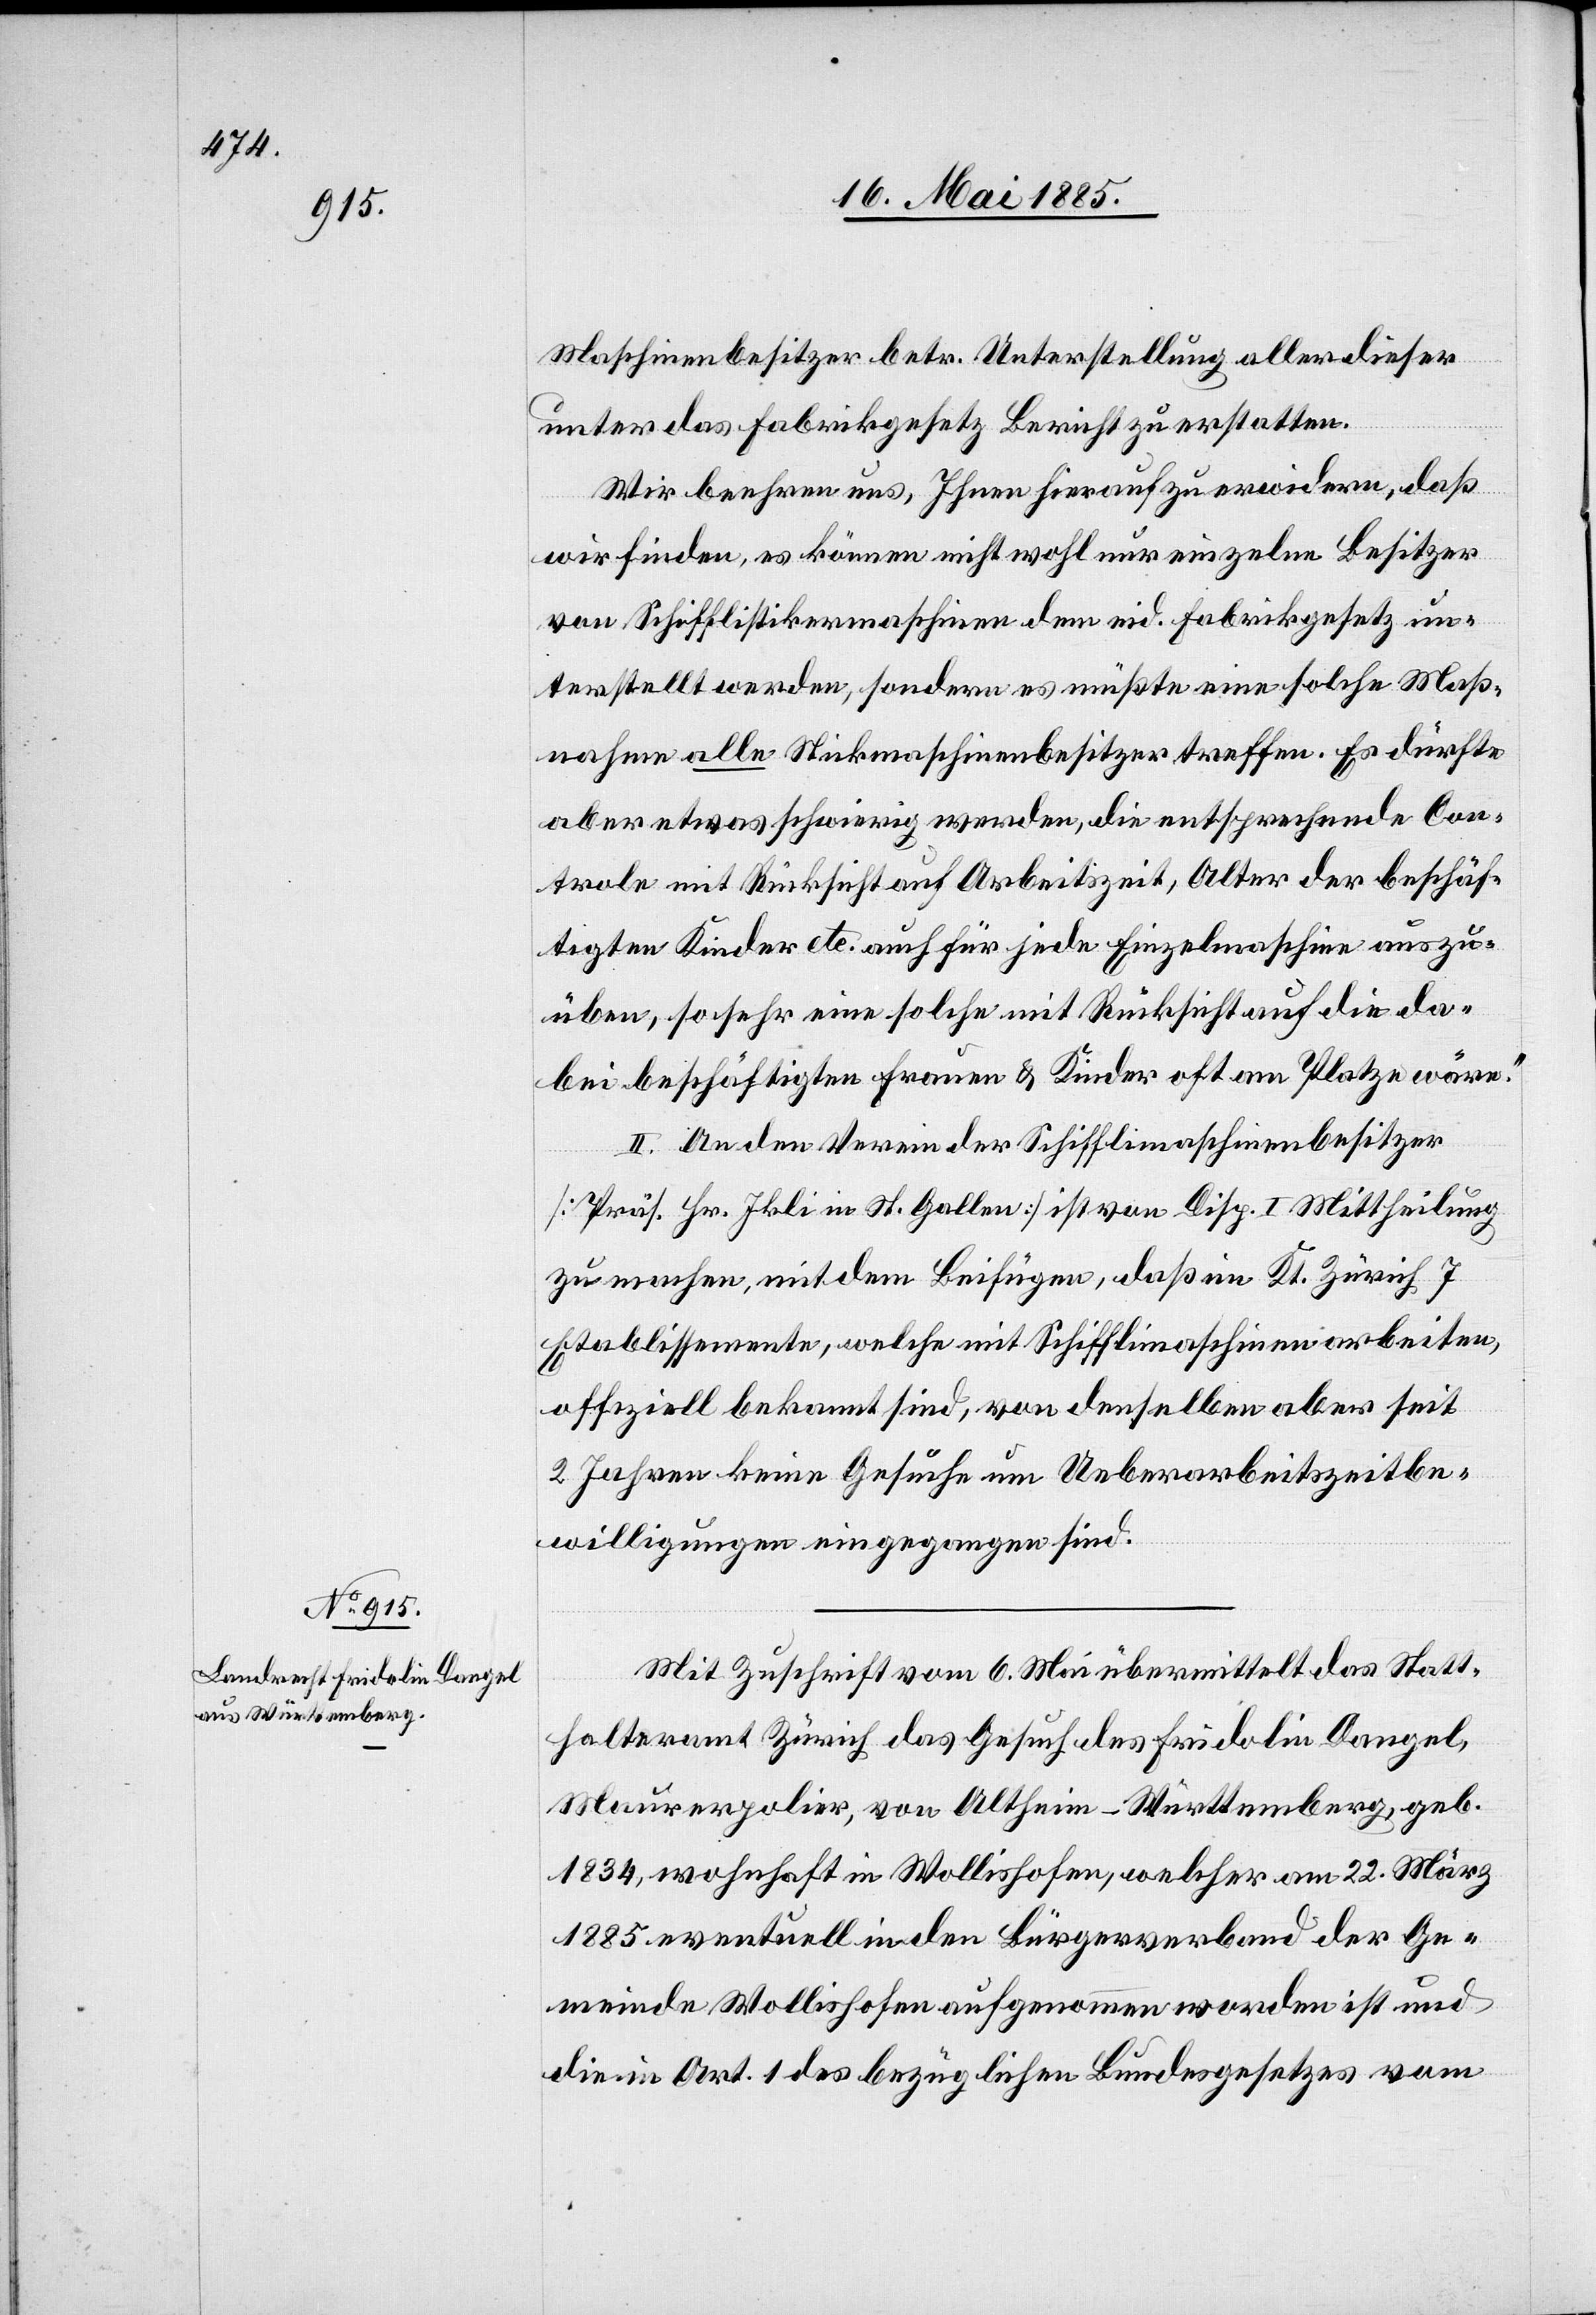
Maschinenbesitzer betr. Unterstellung aller dieser
unter das Fabrikgesetz Bericht zu erstatten.
Wir beehren uns, Ihnen hierauf zu erwidern, daß
wir finden, es können nicht wohl nur einzelne Besitzer
von Schifflistickermaschinen dem eid. Fabrikgesetz un¬
terstellt werden, sondern es müßte eine solche Maß¬
nahme alle Stickmaschinenbesitzer treffen. Es dürfte
aber etwas schwierig werden, die entsprechende Con¬
trole mit Rücksicht auf Arbeitszeit, Alter der beschäf¬
tigten Kinder etc. auch für jede Einzelmaschine auszu¬
üben, so sehr eine solche mit Rücksicht auf die da¬
bei beschäftigten Frauen & Kinder oft am Platze wäre.“
II. An den Verein der Schifflimaschinenbesitzer
[Präs. Hr. Ikli in St. Gallen] ist von Disp. I Mittheilung
zu machen, mit dem Beifügen, daß im Kt. Zürich 7
Etablissemente, welche mit Schifflimaschinen arbeiten,
offiziell bekannt sind, von denselben aber seit
2 Jahren keine Gesuche um Ueberarbeitszeitbe¬
willigungen eingegangen sind.
Mit Zuschrift vom 6. Mai übermittelt das Statt¬
halteramt Zürich das Gesuch des Fridolin Dangel,
Maurerpolier, von Altheim - Württemberg, geb.
1834, wohnhaft in Wollishofen, welcher am22. März
1885 eventuell in den Bürgerverband der Ge¬
meinde Wollishofen aufgenommen worden ist und
die in Art. 1 des bezüglichen Bundesgesetzes vom